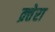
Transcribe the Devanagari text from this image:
क्र्तेरा